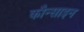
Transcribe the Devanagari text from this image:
कौन्साइन